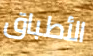
الأطباق